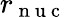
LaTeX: r_{\mathrm{~n~u~c~}}